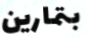
بتمارين